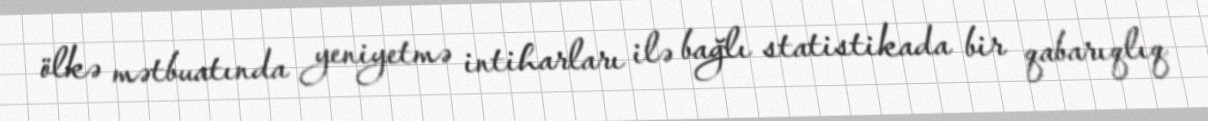
ölkə mətbuatında yeniyetmə intiharları ilə bağlı statistikada bir qabarıqlıq